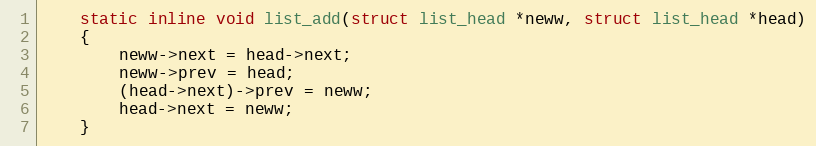
Language: C
	static inline void list_add(struct list_head *neww, struct list_head *head)
	{
		neww->next = head->next;
		neww->prev = head;
		(head->next)->prev = neww;
		head->next = neww;
	}